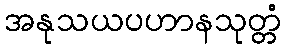
အနုသယပဟာနသုတ္တံ